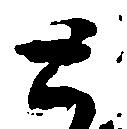
と